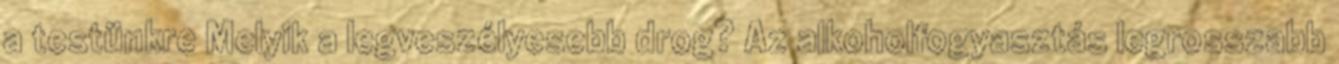
a testünkre Melyik a legveszélyesebb drog? Az alkoholfogyasztás legrosszabb